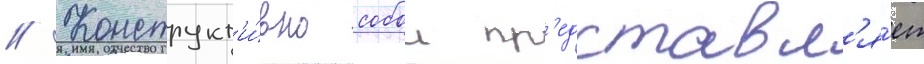
// Конструкт'и́вно собои пр'едставл'я́ет